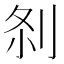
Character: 𠛴